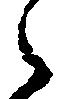
之